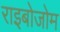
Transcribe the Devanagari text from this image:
राइबोजोम